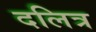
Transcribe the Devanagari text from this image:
दलित्र